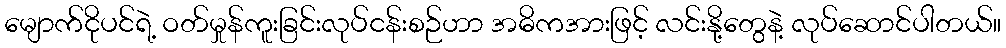
မျောက်ငိုပင်ရဲ့ ဝတ်မှုန်ကူးခြင်းလုပ်ငန်းစဉ်ဟာ အဓိကအားဖြင့် လင်းနို့တွေနဲ့ လုပ်ဆောင်ပါတယ်။